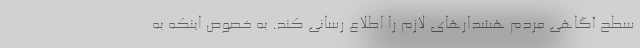
سطح آگاهی مردم هشدارهای لازم را اطلاع رسانی کند. به خصوص اینکه به